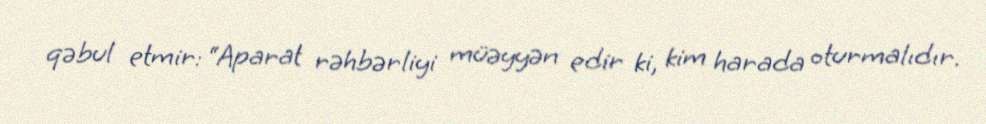
qəbul etmir: “Aparat rəhbərliyi müəyyən edir ki, kim harada oturmalıdır.